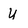
Character: y